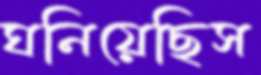
ঘনিয়েছিস